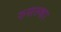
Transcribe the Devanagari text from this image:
रुसल्का